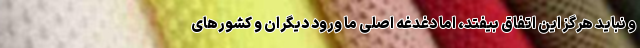
و نباید هرگز این اتفاق بیفتد، اما دغدغه اصلی ما ورود دیگران و کشورهای